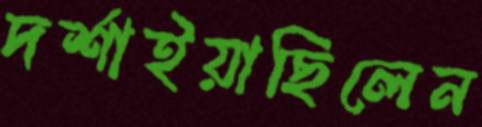
দর্শাইয়াছিলেন